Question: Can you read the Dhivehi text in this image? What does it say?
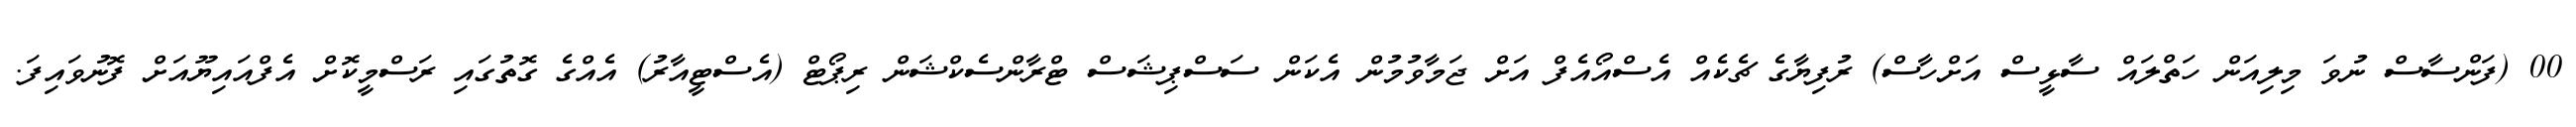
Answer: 00 (ފަންސާސް ނުވަ މިލިއަން ހަތްލައް ސާޅީސް އަށްހާސް) ރުފިޔާގެ ޗެކެއް އެސްއޯއެފް އަށް ޖަމާވުމުން އެކަން ސަސްޕިޝަސް ޓްރާންސެކްޝަން ރިޕޯޓް (އެސްޓީއާރު) އެއްގެ ގޮތުގައި ރަސްމީކޮށް އެފްއައިޔޫއަށް ފޮނުވައިފަ.